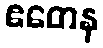
ဧတေန